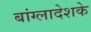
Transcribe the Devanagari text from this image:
बांग्लादेशके